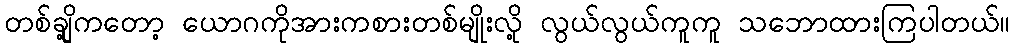
တစ်ချို့ကတော့ ယောဂကိုအားကစားတစ်မျိုးလို့ လွယ်လွယ်ကူကူ သဘောထားကြပါတယ်။